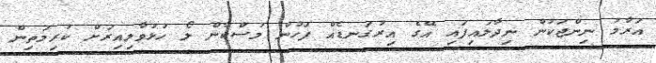
އަރާމު ނިންޖަކުން ނިދާލައިފައި އޭގެ އިރުގަނޑެއް ފަހުން މުސްކާން ލޯ ހުޅުވާލިއިރަށް ކުރިމަތިން